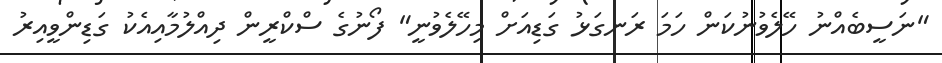
"ނަސީބެއްނު ހޭލެވުނުކަން ހަމަ ރަނގަޅު ގަޑިއަށް މިހޭލެވުނީ" ފޯނުގެ ސްކްރީން ދިއްލުމާއިއެކު ގަޑިންވީއިރު